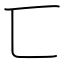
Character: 匸